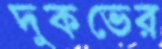
দুকভের